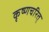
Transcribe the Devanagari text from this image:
कृष्णचरित्